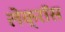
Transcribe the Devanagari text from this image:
लेक्रॉस